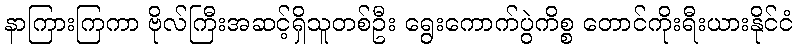
နာကြားကြကာ ဗိုလ်ကြီးအဆင့်ရှိသူတစ်ဦး ရွေးကောက်ပွဲကိစ္စ တောင်ကိုးရီးယားနိုင်ငံ